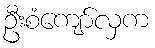
ဦးစံကျော်လှက